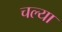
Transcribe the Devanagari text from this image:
चल्या